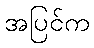
အပြင်က